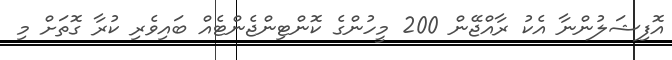
އޮފިޝަލުންނާ އެކު ރާއްޖޭން 200 މީހުންގެ ކޮންޓިންޖެންޓެއް ބައިވެރި ކުރާ ގޮތަށް މި